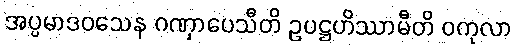
အပ္ပမာဒဝသေန ဂဏှာပေသီတိ ဥပဋ္ဌဟိဿာမီတိ ဝကုလာ